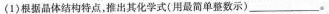
(1)根据晶体结构特点，推出其化学式(用最简单整数示)___。